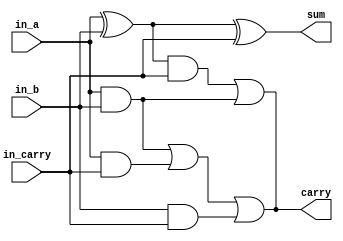
`timescale 1ns / 1ps

module full_adder(
    input in_a,in_b,in_carry,
    output sum,carry
    );
    wire w1,w2,w3,w4;
    //gate level modelling
    xor g1(w1,in_a,in_b);
    xor g2(sum,w1,in_carry);
    and g3(w3,in_a,in_b);
    and g4(w4,w1,in_carry);
    or g5(carry,w4,w3);
    //dataflow modelling 
    assign sum = in_a ^ in_b ^ in_carry;    
    assign carry = ((in_a & in_b) | (in_a & in_carry) | (in_b & in_carry));
    
endmodule